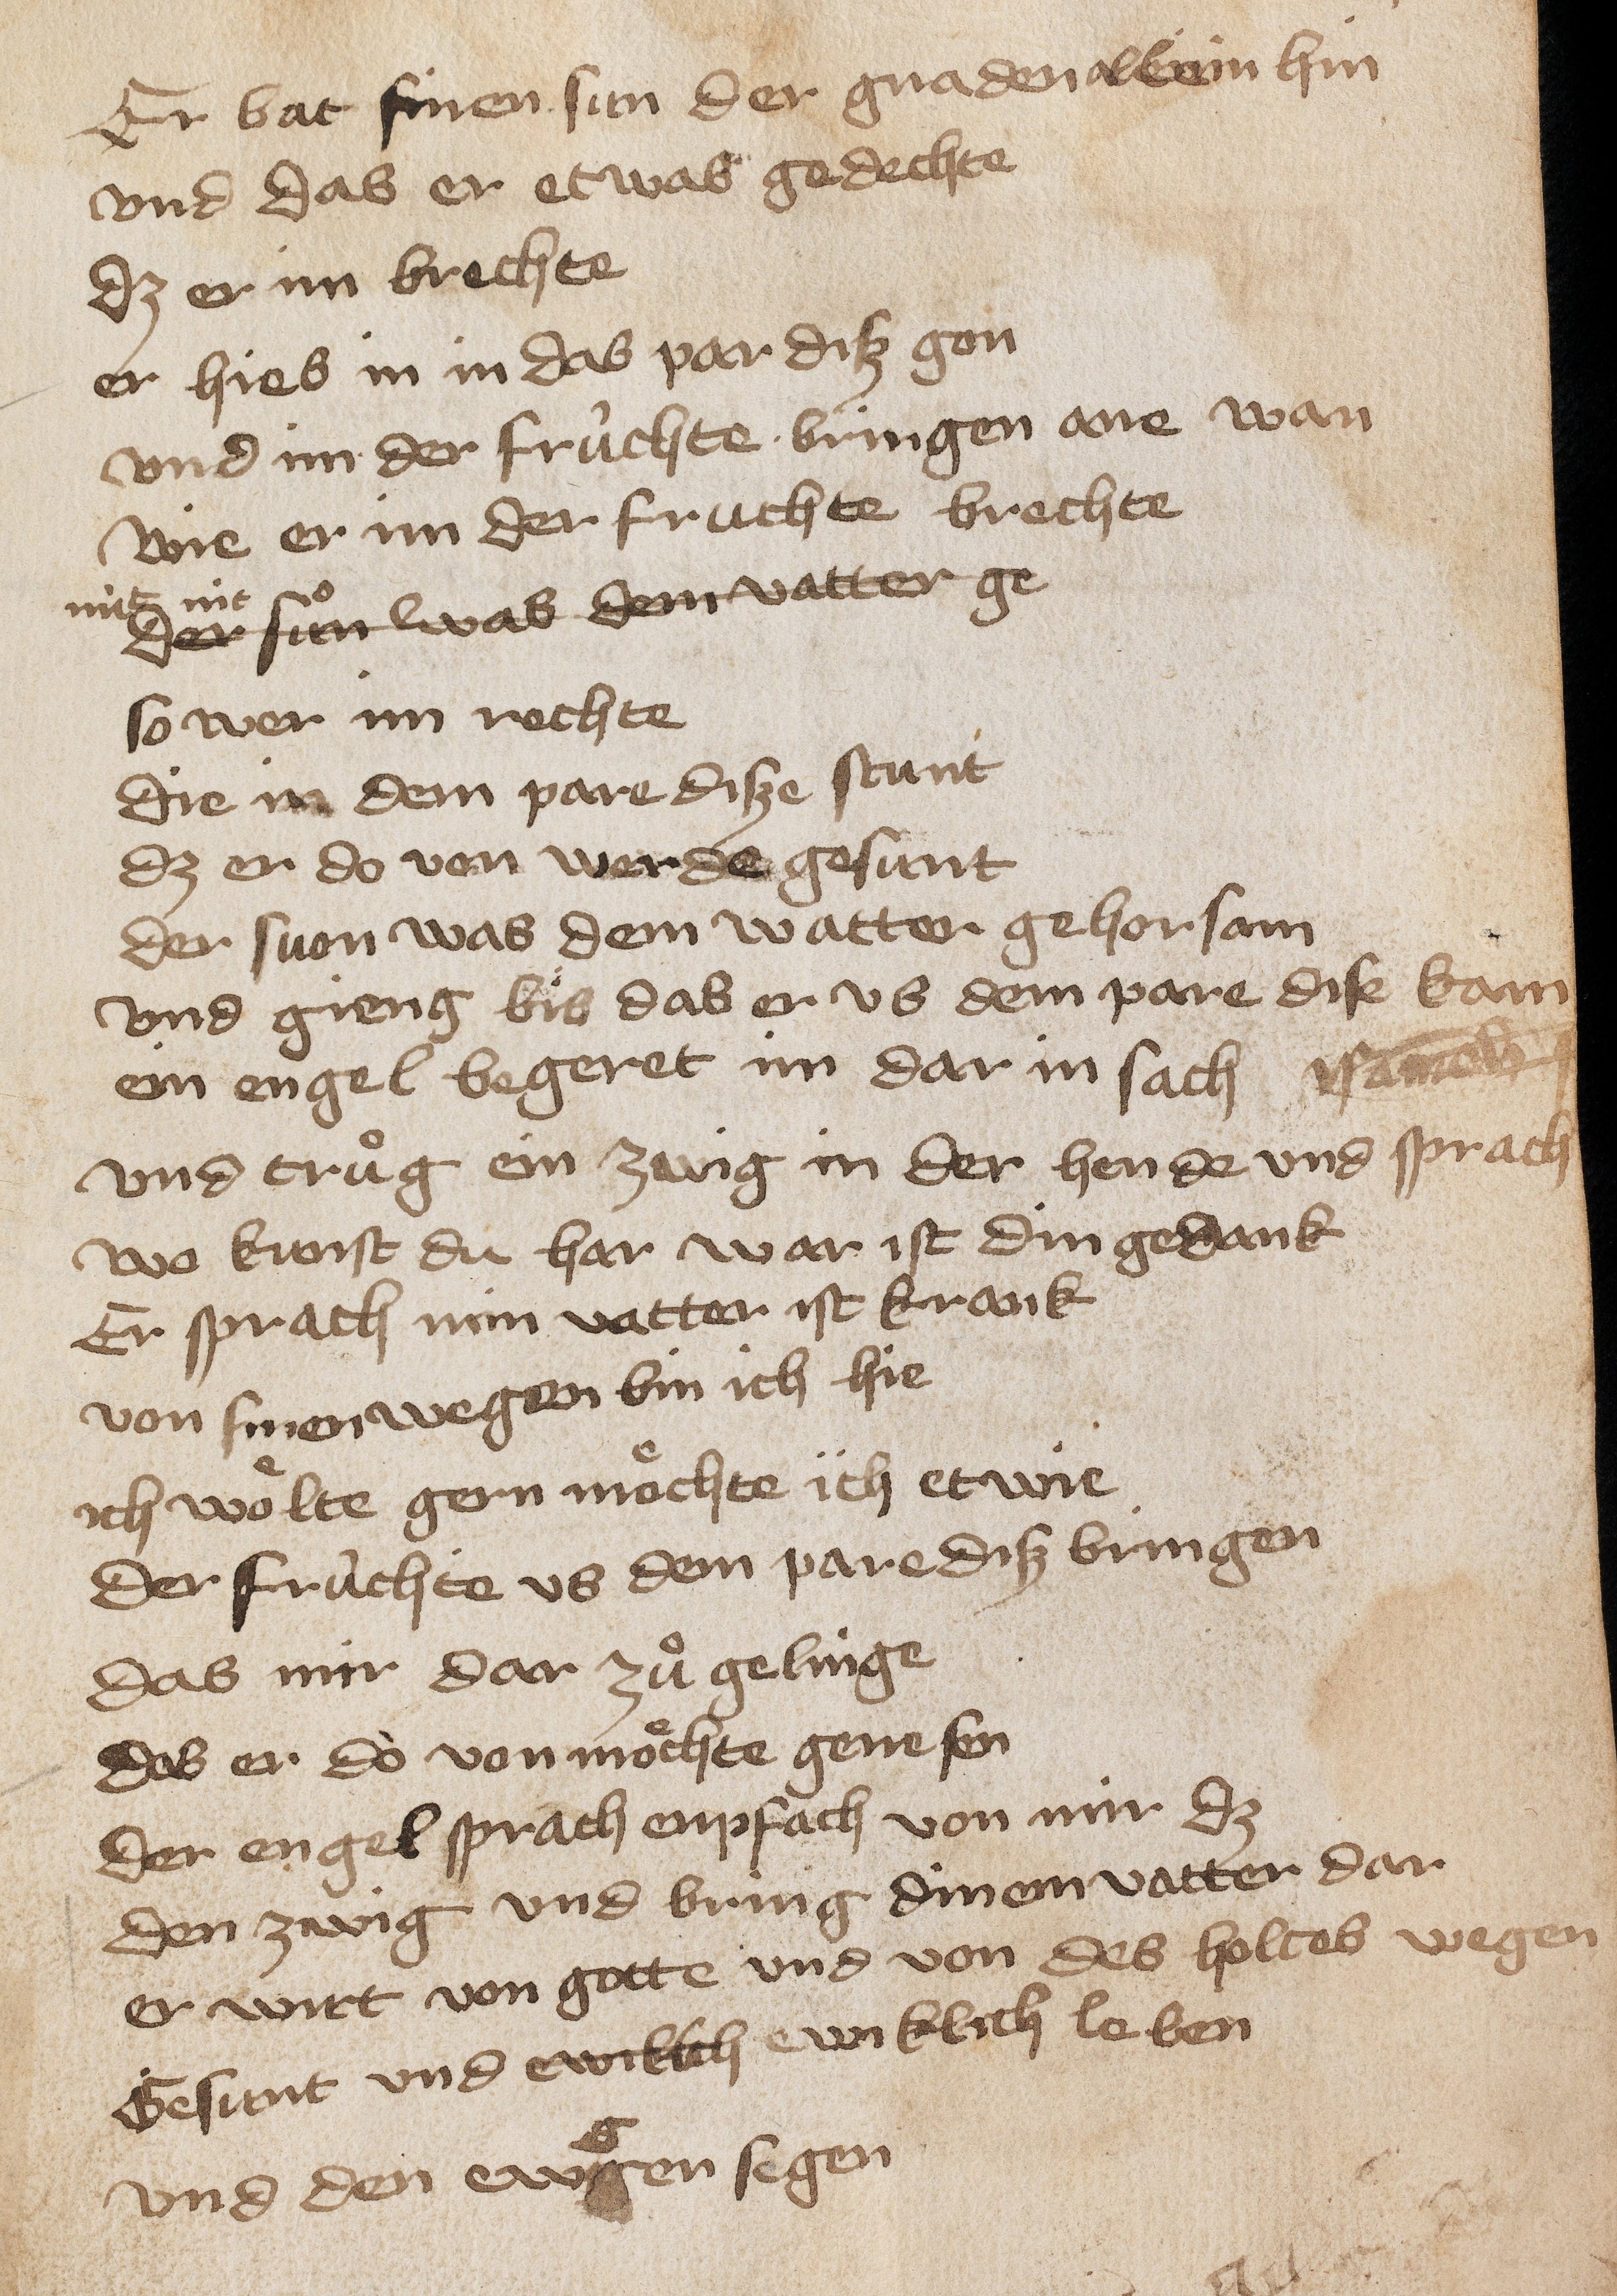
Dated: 1400–1449